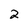
Character: 2